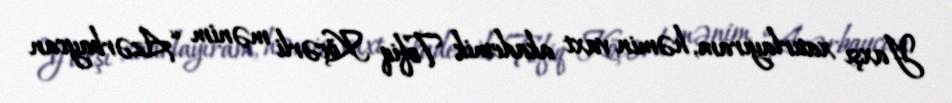
Yaxşı xatırlayıram, həmin vaxt akademik Tofiq Köçərli mənim “Azərbaycan